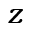
z